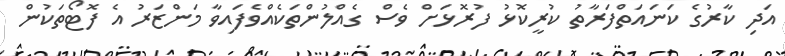
އަދި ކާރުގެ ކަނައަތްފަރާތު ކުރީކޮޅު ފުރޮޅަށް ވެސް ގެއްލުންތަކެއްވެފައިވާ މަންޒަރު އެ ފޮޓޯތަކުން